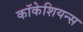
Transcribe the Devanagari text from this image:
कॉकेशियन्स